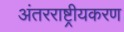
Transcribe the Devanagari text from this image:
अंतरराष्ट्रीयकरण